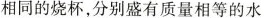
相同的烧杯，分别盛有质量相等的水